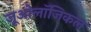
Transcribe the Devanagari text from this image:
ज़ूओलॉजिकल